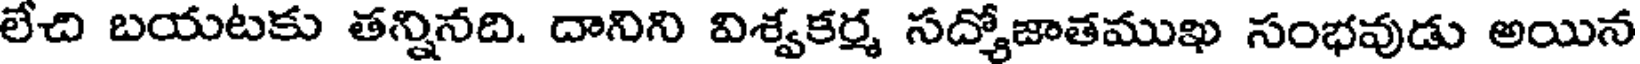
లేచి బయటకు తన్నినది. దానిని విశ్వకర్మ సద్యోజాతముఖ సంభవుడు అయిన